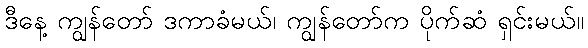
ဒီနေ့ ကျွန်တော် ဒကာခံမယ်၊ ကျွန်တော်က ပိုက်ဆံ ရှင်းမယ်။